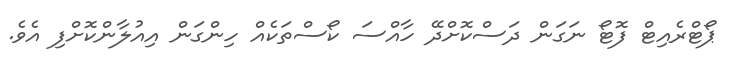
ޕޯޓްރެއިޓް ފޮޓޯ ނަގަން ދަސްކޮށްދޭ ހާއްސަ ކޯސްތަކެއް ހިންގަން އިއުލާންކޮށްފި އެވެ.